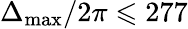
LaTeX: \Delta_{\mathrm{max}}/2\pi\leqslant 277